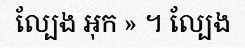
ល្បែង អុក » ។ ល្បែង